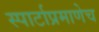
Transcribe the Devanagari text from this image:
स्पार्टाप्रमाणेच